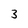
Character: 3